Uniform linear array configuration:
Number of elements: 48
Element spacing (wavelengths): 0.5
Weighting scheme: cosine
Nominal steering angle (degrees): -45
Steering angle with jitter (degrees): -44.135
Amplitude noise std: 0.05
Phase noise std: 0.05

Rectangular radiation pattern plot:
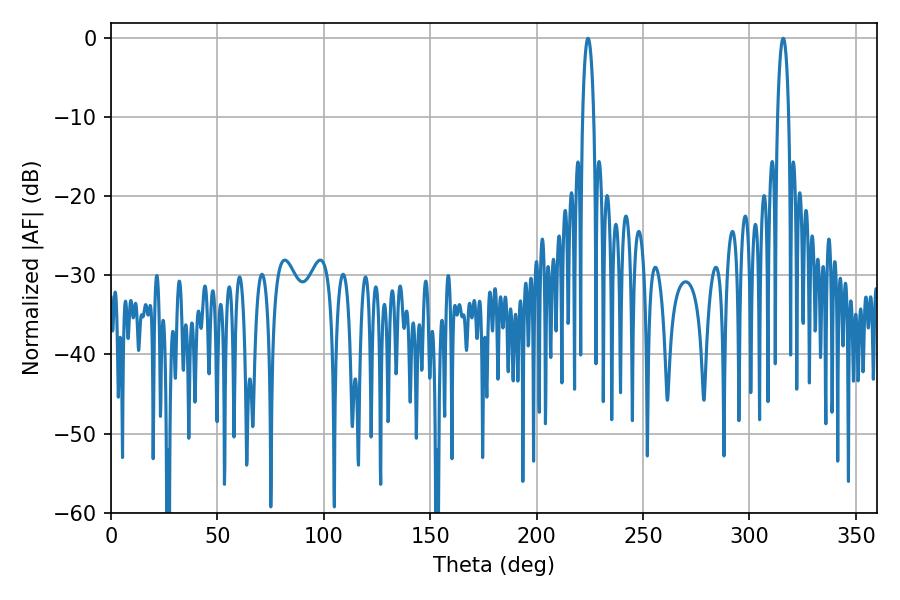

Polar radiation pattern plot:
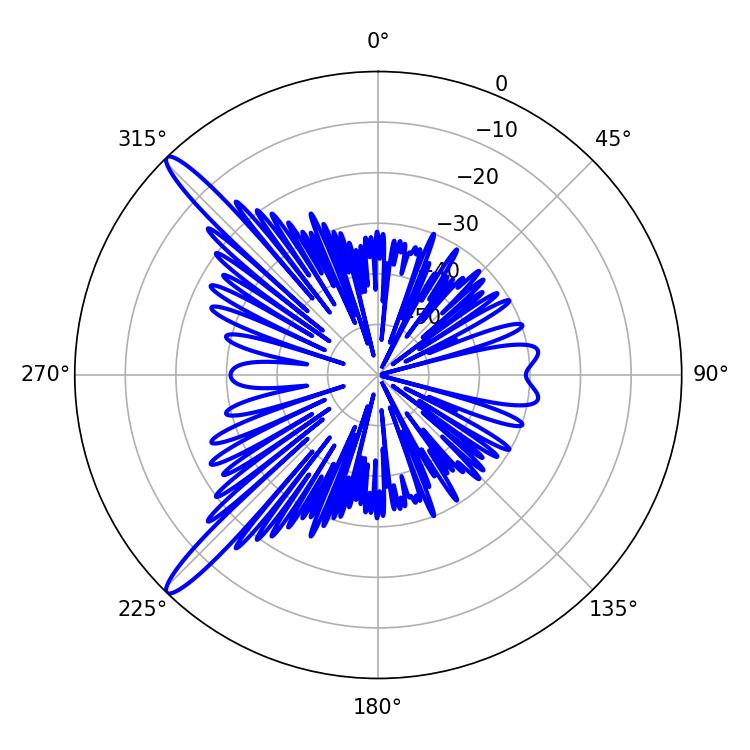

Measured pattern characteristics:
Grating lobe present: FALSE
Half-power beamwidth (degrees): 2.88
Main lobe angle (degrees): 315.9